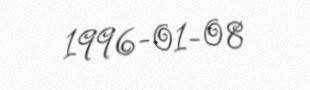
1996-01-08